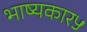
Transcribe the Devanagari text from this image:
भाष्यकार५